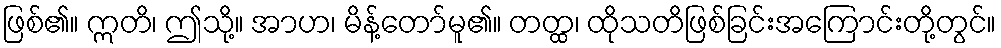
ဖြစ်၏။ ဣတိ၊ ဤသို့။ အာဟ၊ မိန့်တော်မူ၏။ တတ္ထ၊ ထိုသတိဖြစ်ခြင်းအကြောင်းတို့တွင်။